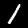
Digit: 1